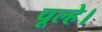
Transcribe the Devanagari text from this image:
चूल्हे।